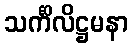
သင်္ကိလိဋ္ဌမနာ